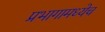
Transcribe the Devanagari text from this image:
प्रभागामध्येच